Report of the Municipal Commissioner on the plague in Bombay for the year ending 31st May... - Volume 2
Disease focus: Plague
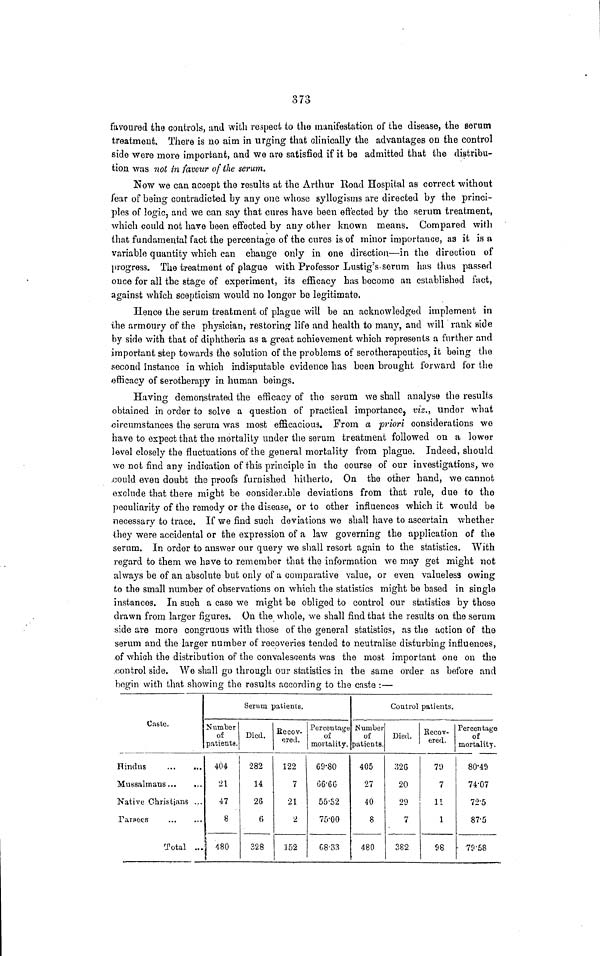
373
favoured the controls, and with respect to the manifestation of the disease, the serum
treatment. There is no aim in urging that clinically the advantages on the control
side were more important, and we are satisfied if it be admitted that the distribu-
tion was not in favour of the serum,
Now we can accept the results at the Arthur Road Hospital as correct without
fear of being contradicted by any one whose syllogisms are directed by the princi-
ples of logic, and we can say that cures have been effected by the serum treatment,
which could not have been effected by any other known means. Compared with
that fundamental fact the percentage of the cures is of minor importance, as it is a
variable quantity which can change only in one direction—in the direction of
progress. The treatment of plague with Professor Lustig's serum has thus passed
once for all the stage of experiment, its efficacy has become an established fact,
against which scepticism would no longer be legitimate.
Hence the serum treatment of plague will be an acknowledged implement in
the armoury of the physician, restoring life and health to many, and will rank side
by side with that of diphtheria as a great achievement which represents a further and
important step towards the solution of the problems of serotherapeutics, it being the
second instance in which indisputable evidence has been brought forward for the
efficacy of serotherapy in human beings.
Having demonstrated the efficacy of the serum we shall analyse the results
obtained in order to solve a question of practical importance, viz., under what
circumstances the serum was most efficacious. From a priori considerations we
have to expect that the mortality under the serum treatment followed on a lower
level closely the fluctuations of the general mortality from plague. Indeed, should
we not find any indication of this principle in the course of our investigations, we
could even doubt the proofs furnished hitherto, On the other hand, we cannot
exclude that there might be considerable deviations from that rule, due to the
peculiarity of the remedy or the disease, or to other influences which it would be
necessary to trace. If we find such deviations we shall have to ascertain whether
they were accidental or the expression of a law governing the application of the
serum. In order to answer our query we shall resort again to the statistics. With
regard to them we have to remember that the information we may get might not
always be of an absolute but only of a comparative value, or even valueless owing
to the small number of observations on which the statistics might be based in single
instances. In such a case we might be obliged to control our statistics by those
drawn from larger figures. On the whole, we shall find that the results on the serum
side are more congruous with those of the general statistics, as the action of the
serum and the larger number of recoveries tended to neutralise disturbing influences,
of which the distribution of the convalescents was the most important one on the
control side. We shall go through our statistics in the same order as before and
begin with that showing the results according to the caste :—
Ciste.
Hindus
Mussulmans...
...
Native Christians ...
Parsees
Total ...
Serum patients.
Number
of
patients.
404
21
47
8
480
Died.
282
14
26
6
328
Recov-
ered.
122
7
21
2
152
Percentage
of
mortality.
69.80
66.66
55.52
75.00
68.33
Control patients.
Number
of
patients.
405
27
40
8
480
Died.
326
20
29
7
382
Recov-
ered.
79
7
11
1
98
Percentage
of
mortality.
80.49
74.07
72.5
87.5
79.58